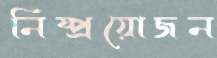
নিষ্প্রয়োজন